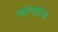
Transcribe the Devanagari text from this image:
कोन्द्रोज